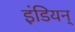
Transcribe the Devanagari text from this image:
इंडियन्